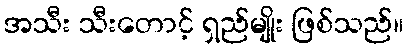
အသီး သီးတောင့် ရှည်မျိုး ဖြစ်သည်။